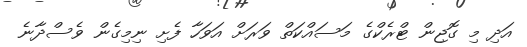
އަދި މި ގޮޖިން ޓްރެކްގެ މަސައްކަތް ވަރަށް އަވަހާ ފެށި ނިމިގެން ވެސްދާނެ